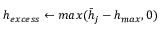
h _ { e x c e s s } \leftarrow m a x ( \bar { h } _ { j } - h _ { m a x } , 0 )